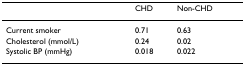
|  | CHD | Non-CHD |
 | --- | --- | --- |
 | Current smoker | 0.71 | 0.63 |
 | Cholesterol (mmol/L) | 0.24 | 0.02 |
 | Systolic BP (mmHg) | 0.018 | 0.022 |